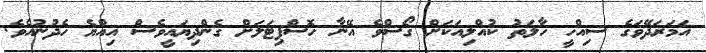
އަމަރަދޭވަގެ ސިއްހީ ހާލަތު ކުއްލިއަކަށް ގޯސްވެ އޭނާ ހޮސްޕިޓަލަށް ގެންދިޔައީވެސް އިއްޔެ ހެދުނުއެވެ.